Annual report of the Punjab Veterinary College and of the Civil Veterinary Department, Punjab - 1894-1908
Year: 1894
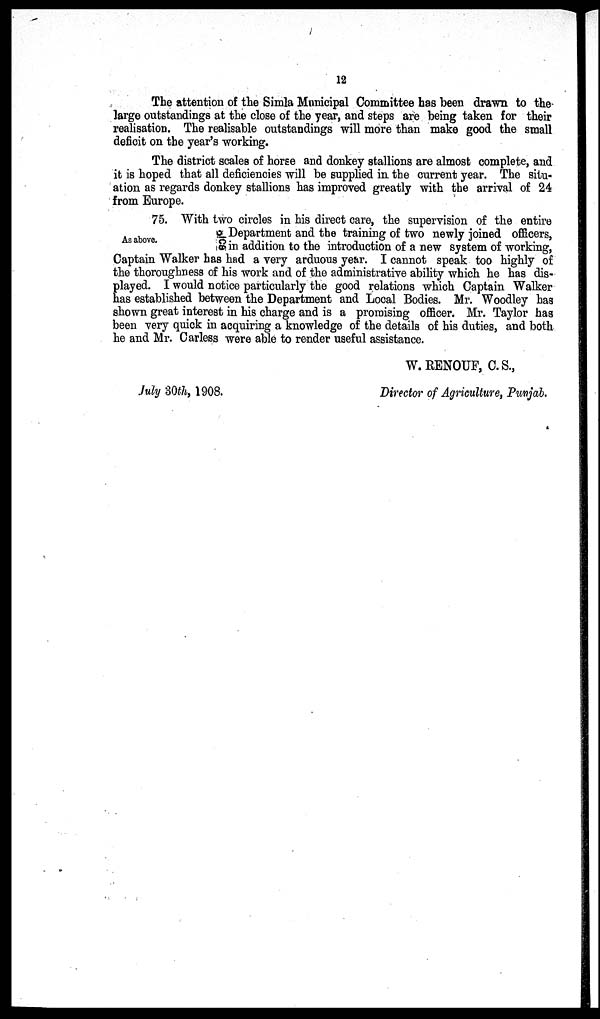
12
The attention of the Simla Municipal Committee has been drawn to the
large outstandings at the close of the year, and steps are being taken for their
realisation. The realisable outstandings will more than make good the small
deficit on the year's working.
The district scales of horse and donkey stallions are almost complete, and
it is hoped that all deficiencies will be supplied in the current year. The situ-
ation as regards donkey stallions has improved greatly with the arrival of 24
from Europe.
As above.
75. With two circles in his direct care, the supervision of the entire
Department and the training of two newly joined officers,
in addition to the introduction of a new system of working,
Captain Walker has had a very arduous year. I cannot speak too highly of
the thoroughness of his work and of the administrative ability which he has dis-
played. I would notice particularly the good relations which Captain Walker
has established between the Department and Local Bodies. Mr. Woodley has
shown great interest in his charge and is a promising officer. Mr. Taylor has
been very quick in acquiring a knowledge of the details of his duties, and both
he and Mr. Carless were able to render useful assistance.
W. RENOUF, C. S.,
July 30th, 1908.
Director of Agriculture, Punjab.